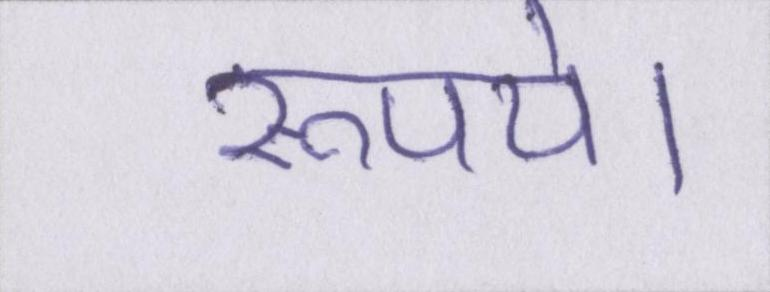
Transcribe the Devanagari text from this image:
रूपये।